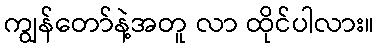
ကျွန်တော်နဲ့အတူ လာ ထိုင်ပါလား။